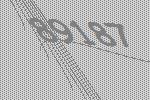
89187